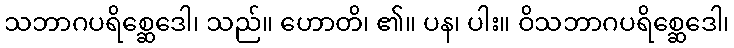
သဘာဂပရိစ္ဆေဒေါ၊ သည်။ ဟောတိ၊ ၏။ ပန၊ ပါး။ ဝိသဘာဂပရိစ္ဆေဒေါ၊